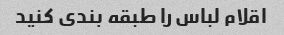
اقلام لباس را طبقه بندی کنید